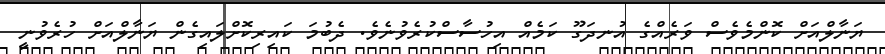
ޔަނާލްއަށް ކޮންމެވެސް ވަރެއްގެ އުނދަގޫ ކަމެއް އިހުސާސްކުރެވުނެވެ. ދެބުމަ ކައިރިކޮށްލައިގެން ޔަނާލްއަށް ހުރެވުނީ